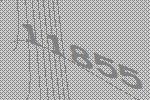
11855